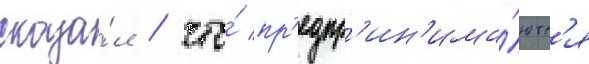
сказа́л / что́ пр'едпр'ин'има́ютс'я